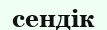
сендік